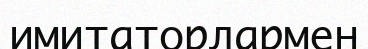
имитаторлармен